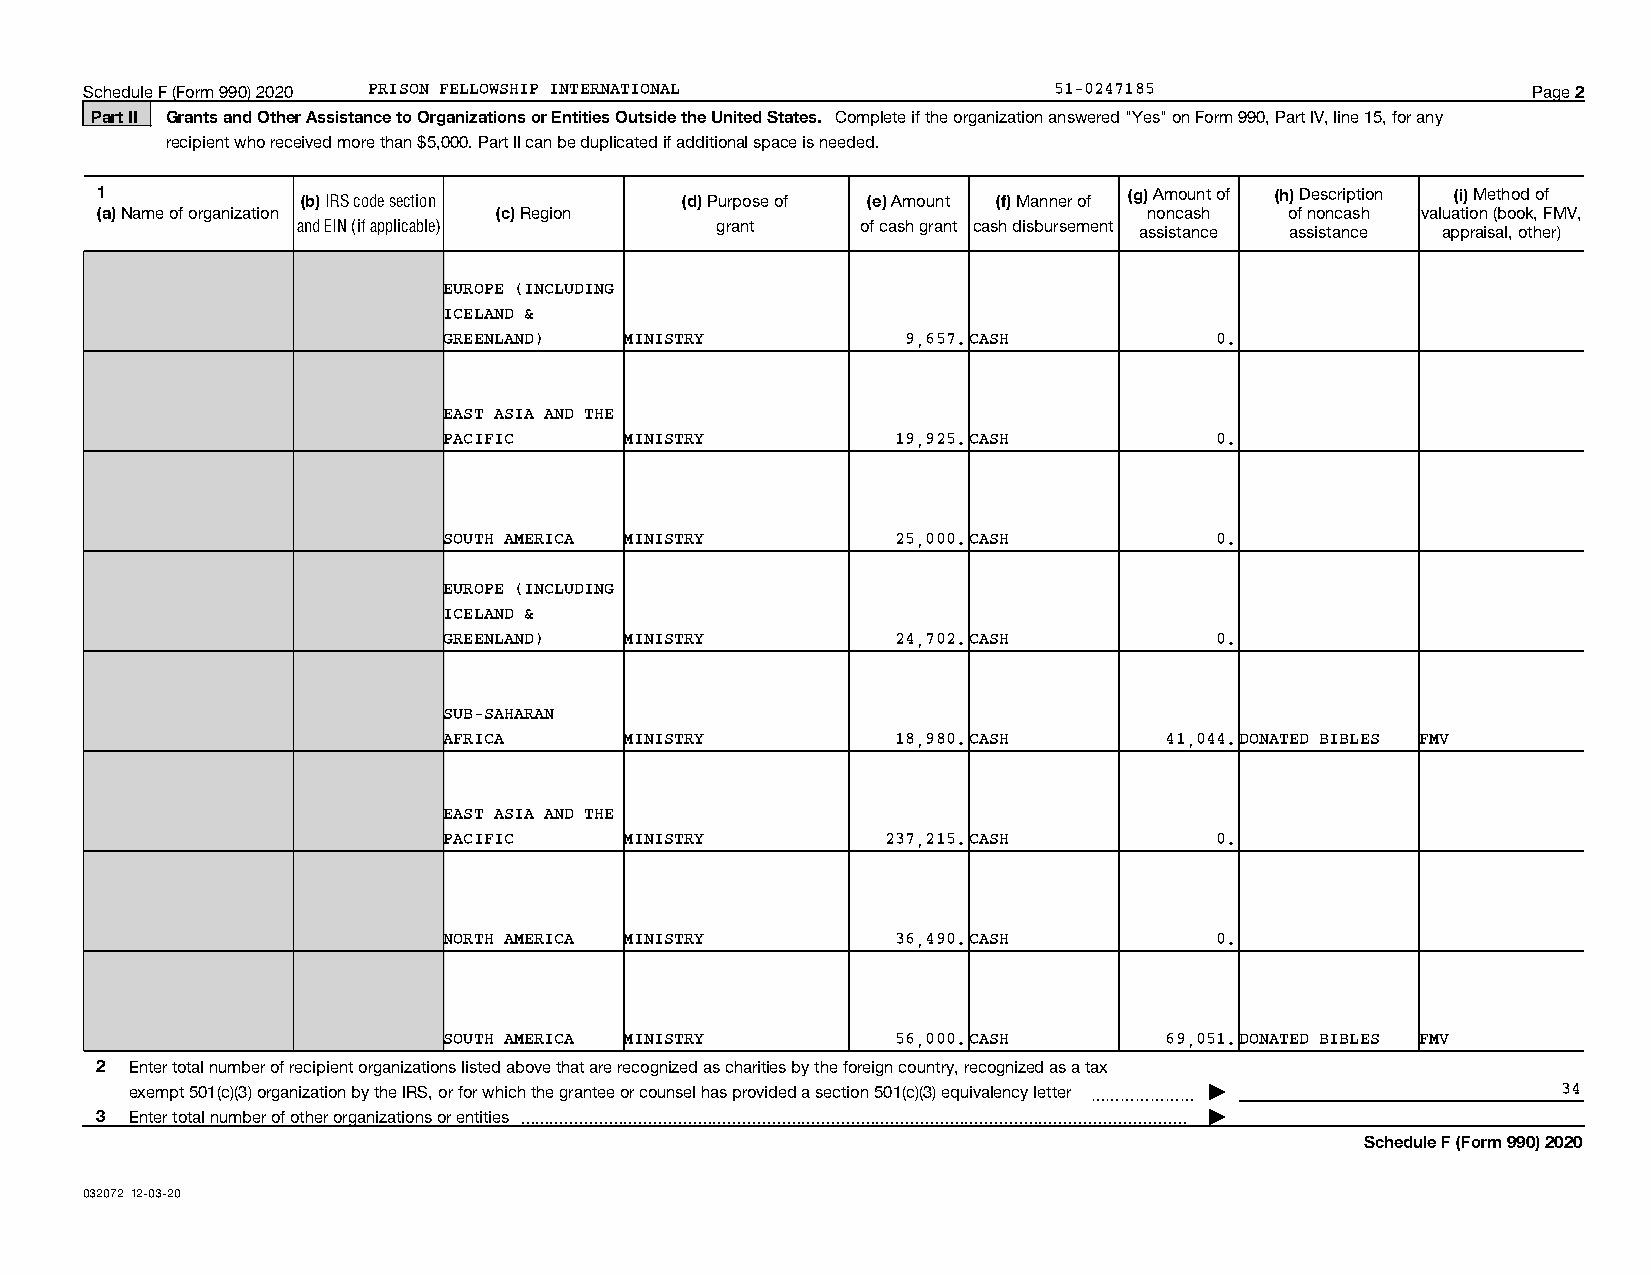
Schedule F (Form 990) 2020 PRISON FELLOWSHIP INTERNATIONAL      51-0247185                     Page 2
 Part II Grants and Other Assistance to Organizations or Entities Outside the United States. Complete if the organization answered "Yes" on Form 990, Part IV, line 15, for any
 recipient who received more than $5,000. Part II can be duplicated if additional space is needed.
 1             (b) IRS code section     (d) Purpose of (e) Amount (f) Manner of (g) Amount of (h) Description (i) Method of
 (a) Name of organization   (c) Region                                 noncash  of noncash valuation (book, FMV,
 and EIN (if applicable)    grant     of cash grant cash disbursement assistance assistance appraisal, other)
 EUROPE (INCLUDING
 ICELAND &
 GREENLAND)  MINISTRY           9,657.CASH          0.
 EAST ASIA AND THE
 PACIFIC     MINISTRY          19,925.CASH          0.
 SOUTH AMERICA MINISTRY        25,000.CASH          0.
 EUROPE (INCLUDING
 ICELAND &
 GREENLAND)  MINISTRY          24,702.CASH          0.
 SUB-SAHARAN
 AFRICA      MINISTRY          18,980.CASH       41,044.DONATED BIBLES FMV
 EAST ASIA AND THE
 PACIFIC     MINISTRY          237,215.CASH         0.
 NORTH AMERICA MINISTRY        36,490.CASH          0.
 SOUTH AMERICA MINISTRY        56,000.CASH       69,051.DONATED BIBLES FMV
 2  Enter total number of recipient organizations listed above that are recognized as charities by the foreign country, recognized as a tax
 exempt 501(c)(3) organization by the IRS, or for which the grantee or counsel has provided a section 501(c)(3) equivalency letter ~~~~~~~ | 34
 3  Enter total number of other organizations or entities  |
 Schedule F (Form 990) 2020
 032072 12-03-20